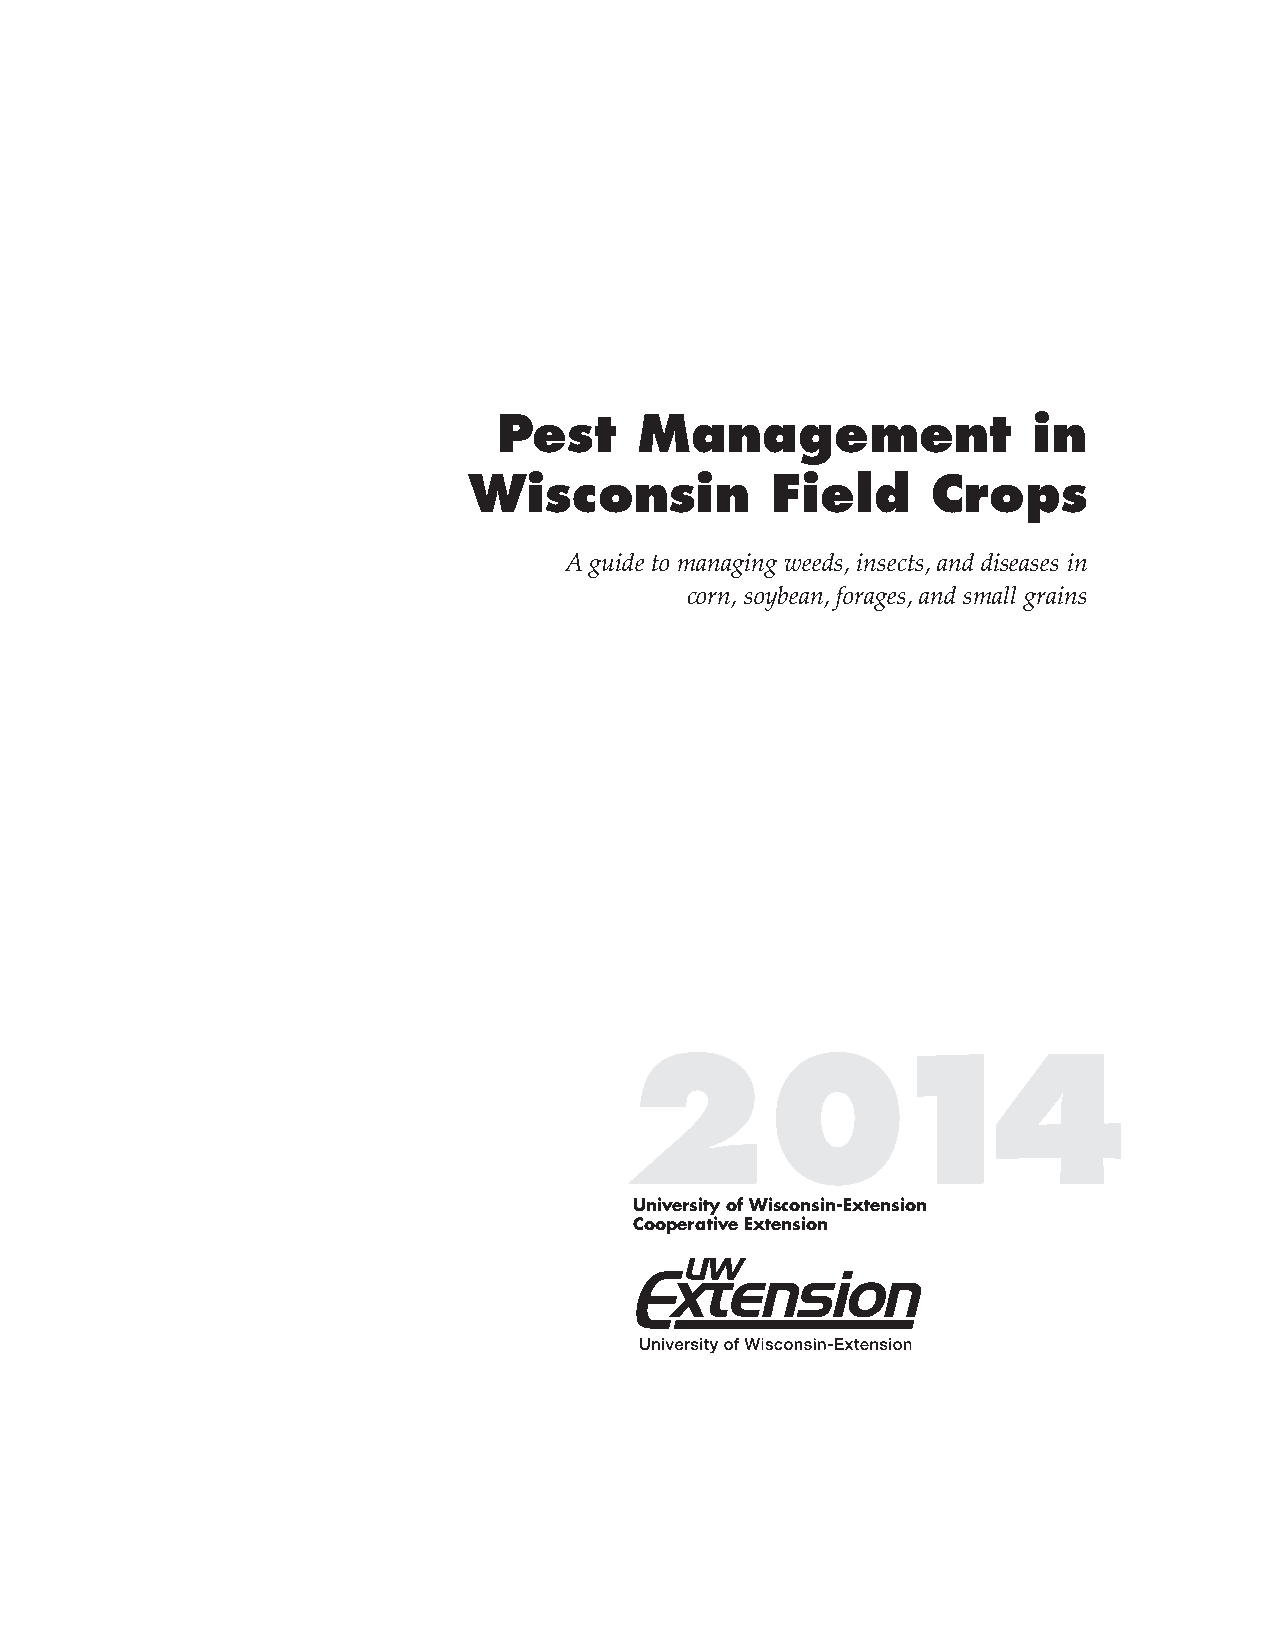
Pest     Management                in
 Wisconsin           Field      Crops
 A guide to managing weeds, insects, and diseases in
 corn, soybean, forages, and small grains
 2014
 University of Wisconsin-Extension
 Cooperative Extension